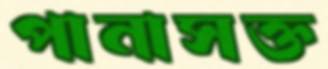
পানাসক্ত